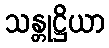
သန္တုဋ္ဌိယာ